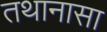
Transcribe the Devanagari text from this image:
तथानासा